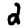
Digit: 2